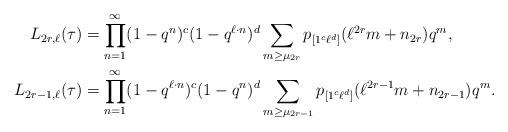
LaTeX: \begin{align*} L_{2r,\ell}(\tau)& =\prod_{n=1}^{\infty}(1-q^n)^c(1-q^{\ell\cdot n})^d\sum_{m\geq \mu_{2r}}p_{[1^c\ell^d]}(\ell^{2r}m+n_{2r})q^m, \\ L_{2r-1,\ell}(\tau)& =\prod_{n=1}^{\infty}(1-q^{\ell\cdot n})^c(1-q^n)^d\sum_{m\geq \mu_{2r-1}}p_{[1^c\ell^d]}(\ell^{2r-1}m+n_{2r-1})q^m.\end{align*}